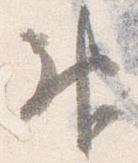
神